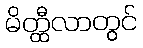
မိတ္ထီလာတွင်